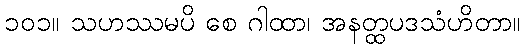
၁၀၁။ သဟဿမပိ စေ ဂါထာ၊ အနတ္ထပဒသံဟိတာ။